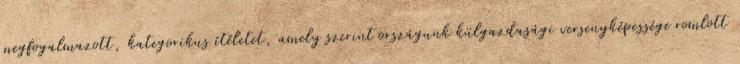
megfogalmazott, kategorikus ítéletet, amely szerint országunk külgazdasági versenyképessége romlott